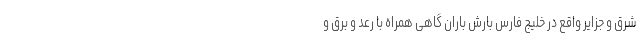
شرق و جزایر واقع در خلیج فارس بارش باران گاهی همراه با رعد و برق و